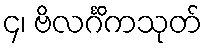
၄၊ ဗိလင်္ဂိကသုတ်